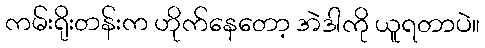
ကမ်းရိုးတန်းက ဟိုက်နေတော့ အဲဒါကို ယူရတာပဲ။